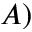
A )